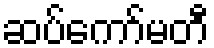
ဆပ်ကော်မတီ